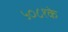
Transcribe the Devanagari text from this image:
५०८१के